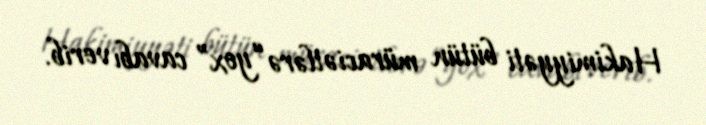
Hakimiyyəti bütün müraciətlərə “yox” cavabı verib.